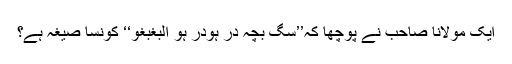
ایک مولانا صاحب نے پوچھا کہ’’سگ بچہ در ہودر ہو البغبغو‘‘ کونسا صیغہ ہے؟